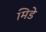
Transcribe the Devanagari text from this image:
मिडे